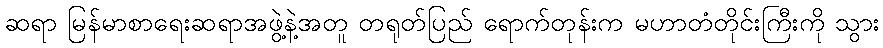
ဆရာ မြန်မာစာရေးဆရာအဖွဲ့နဲ့အတူ တရုတ်ပြည် ရောက်တုန်းက မဟာတံတိုင်းကြီးကို သွား